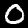
Digit: 0